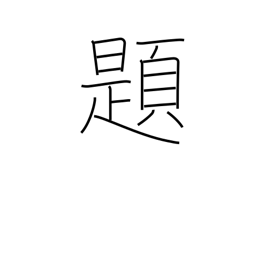
Meaning: topic